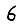
Digit: 6